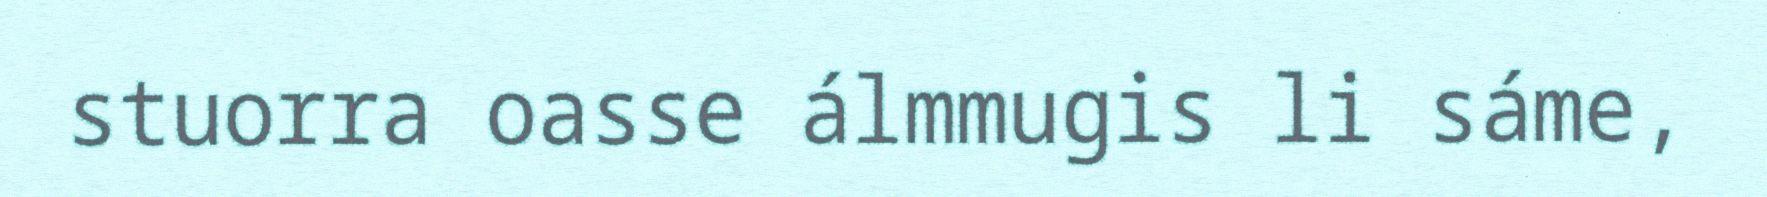
stuorra oasse álmmugis li sáme,